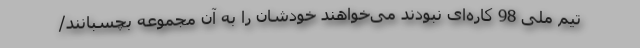
تیم ملی 98 کاره‌ای نبودند می‌خواهند خودشان را به آن مجموعه بچسبانند/